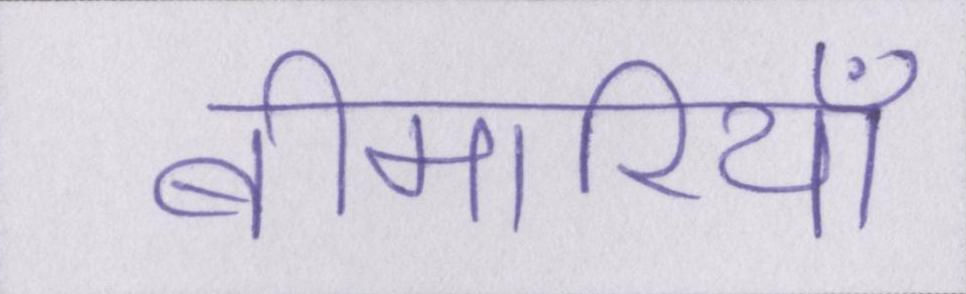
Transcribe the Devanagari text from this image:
बीमारियाँ